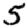
Digit: 5